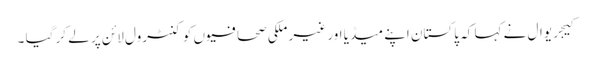
کیجریوال نے کہا کہ پاکستان اپنے میڈیا اور غیر ملکی صحافیوں کو کنٹرول لائن پر لے کر گیا ۔